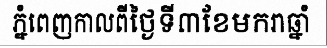
ភ្នំពេញកាលពីថ្ងៃទី៣ខែមករាឆ្នាំ